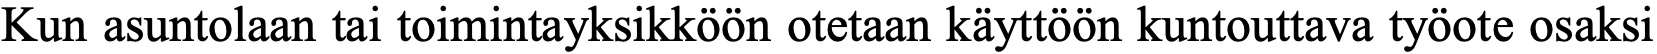
Kun asuntolaan tai toimintayksikköön otetaan käyttöön kuntouttava työote osaksi